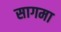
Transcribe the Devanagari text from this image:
सागमा